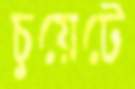
চুয়েটে